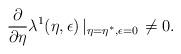
LaTeX: \begin{align*}\frac{\partial}{\partial \eta} \lambda^1(\eta, \epsilon)\left|_{\eta=\eta^\ast,\epsilon=0}\right. \neq 0.\end{align*}